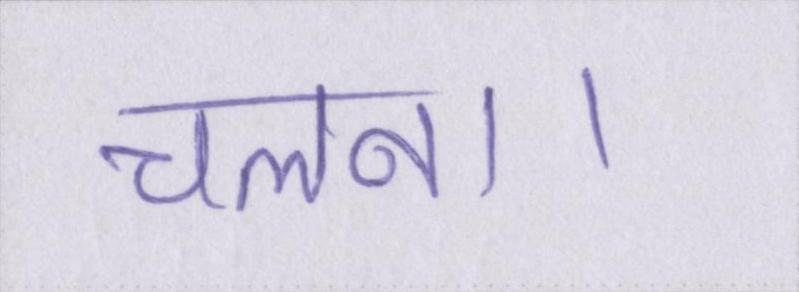
चलना।